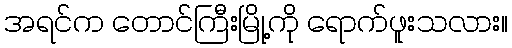
အရင်က တောင်ကြီးမြို့ကို ရောက်ဖူးသလား။